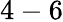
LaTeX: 4-6